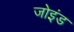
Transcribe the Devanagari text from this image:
जोइंड